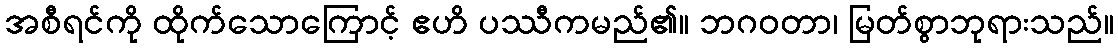
အစီရင်ကို ထိုက်သောကြောင့် ဧဟိ ပဿီကမည်၏။ ဘဂဝတာ၊ မြတ်စွာဘုရားသည်။